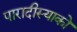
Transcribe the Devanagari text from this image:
पारादीस्याको